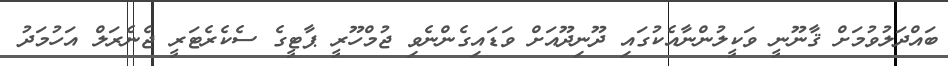
ބައްދަލުވުމަށް ޤާނޫނީ ވަކީލުންނާއެކުގައި ދޫނިދޫއަށް ވަޑައިގެންނެވި ޖުމްހޫރީ ޕާޓީގެ ސެކެރެޓަރީ ޖެނެރަލް އަހުމަދު